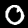
Label: 0